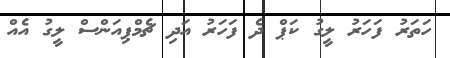
ހަތަރު ފަހަރު ލީގު ކަޕް ދެ ފަހަރު އަދި ޗެމްޕިއަންސް ލީގު އެއް